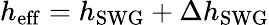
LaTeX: h_{\mathrm{eff}}=h_{\mathrm{SWG}}+\Delta h_{\mathrm{SWG}}